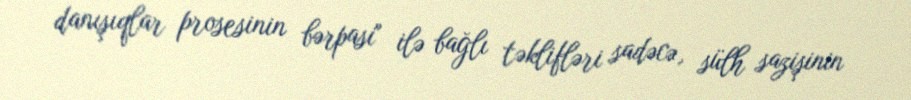
danışıqlar prosesinin bərpası" ilə bağlı təklifləri sadəcə, sülh sazişinin